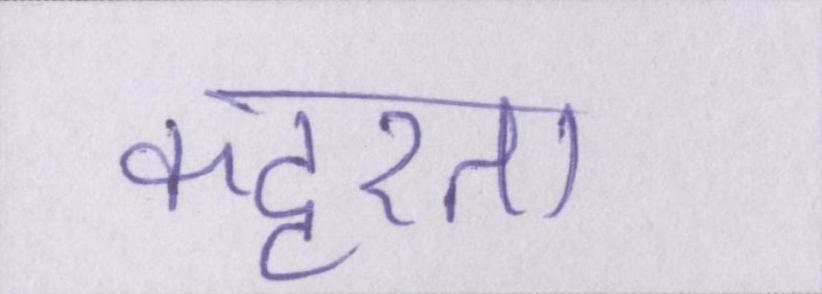
कट्टरता